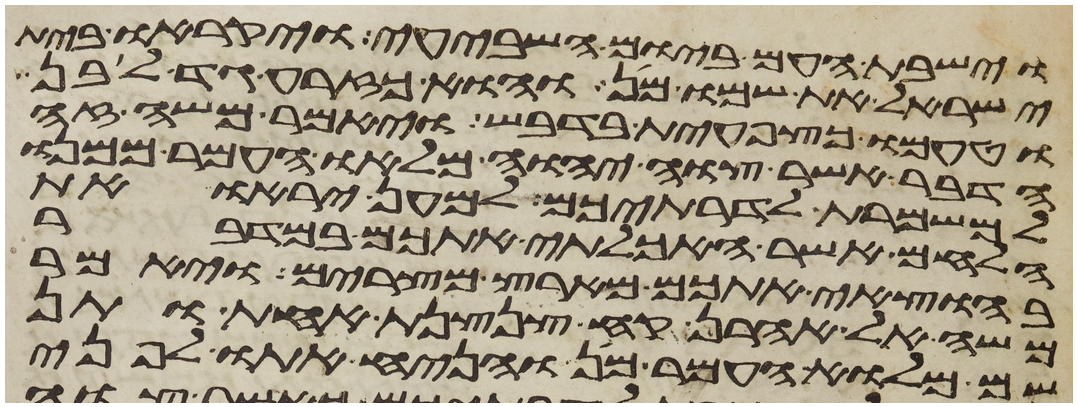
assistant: וישבת העם ביום השביעי ויקראו בית
ישראל את שמו מן והוא כזרע גד לבן
וטעמו כצפחית בדבש ויאמר משה זה
הדבר אשר צוה יהוה מלאו העמר ממנו
למשמרת לדרתיכם למען יראו את
הלחם אשר האכלתי אתכם במדבר
בהוצאי אתכם מארץ מצרים ויאמר
משה אל אהרן קח צנצנת אחת ותן
שם מלוא העמר מן והניח אתו לפני